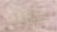
كذلك